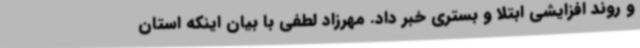
و روند افزایشی ابتلا و بستری خبر داد. مهرزاد لطفی با بیان اینکه استان